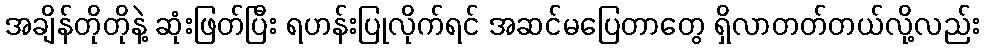
အချိန်တိုတိုနဲ့ ဆုံးဖြတ်ပြီး ရဟန်းပြုလိုက်ရင် အဆင်မပြေတာတွေ ရှိလာတတ်တယ်လို့လည်း